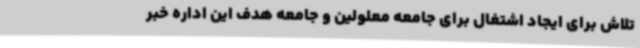
تلاش برای ایجاد اشتغال برای جامعه معلولین و جامعه هدف این اداره خبر